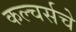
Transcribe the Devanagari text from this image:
कल्चर्सचे